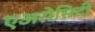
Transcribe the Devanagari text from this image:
एअरोसिटी